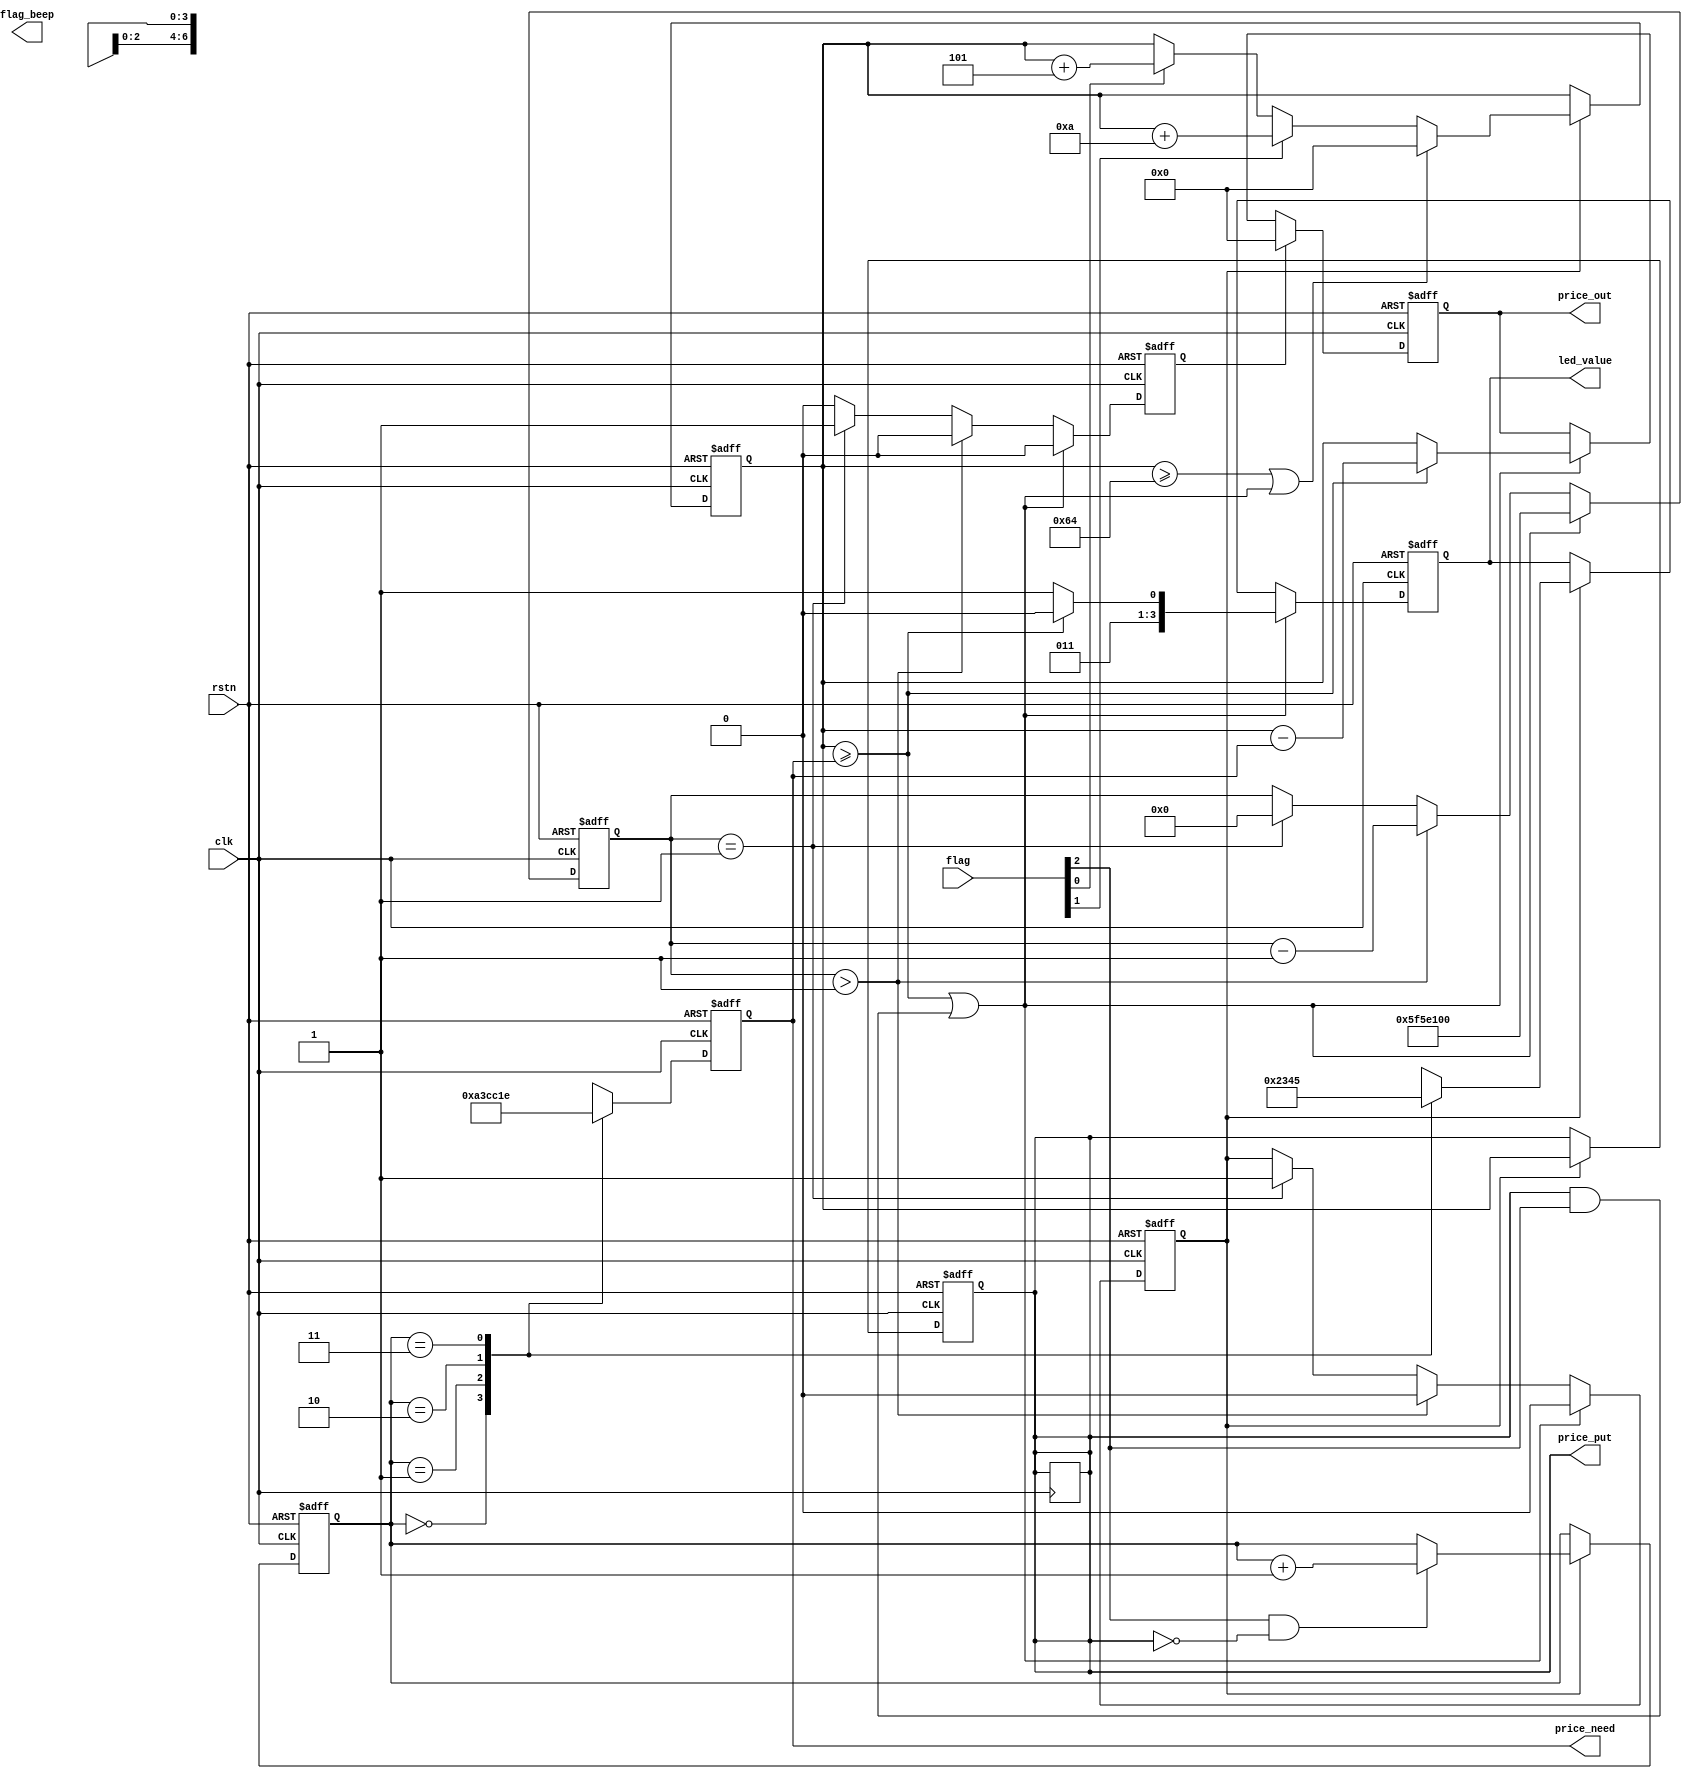
module buy (
    input   wire            clk         ,
    input   wire            rstn        ,
    input   wire    [3:0]   flag        ,

    output  reg     [2:0]   flag_beep   ,           //
	output	reg 	[3:0] 	led_value	,			//led
	output 	reg 	[6:0] 	price_put	,			//
	output 	reg 	[6:0] 	price_need	,			//
	output 	reg 	[6:0] 	price_out				//
);


//
parameter	P1 = 7'd5 ;
parameter	P2 = 7'd15;
parameter	P3 = 7'd24;
parameter	P4 = 7'd30;


reg 	[1 :0] 	price_tmp			   ;	//



parameter MAX_TIME = 28'd100_000_000;	//
reg 	[27:0] 	cnt_time 			   ;   //
reg 				flag_can_operation   ;	//
reg 				flag_is_retreat_end  ;	//
		 
		 
wire				flag_is_retreat      ;	//
wire				flag_price_is_enough ;	//
reg	[6:0] 	price_put_last       ;	//
	
//
always @(posedge clk,negedge rstn) begin
	if(!rstn)begin
		cnt_time <= 28'd0;          //0
		flag_can_operation <= 1'b1 ;//KEY
		flag_is_retreat_end <= 1'b0;//0
	end
	else begin
		if (flag_is_retreat) begin     //
			cnt_time <= MAX_TIME;       //
			flag_can_operation <= 1'b0 ;//KEY
			flag_is_retreat_end <= 1'b0;//
		end
		else if(cnt_time > 28'd1) begin //1
			cnt_time <= cnt_time - 28'd1;//
			flag_can_operation <= 1'b0;  //KEY
			flag_is_retreat_end <= 1'b0; //
		end
 
		else if(cnt_time == 28'd1) begin//1
			cnt_time <= 28'd0;           //
			flag_can_operation <= 1'b1;  //KEY
			flag_is_retreat_end <= 1'b1; //
		end
		else begin
			cnt_time <= cnt_time;
			flag_can_operation <= flag_can_operation;
			flag_is_retreat_end <= 1'b0;
		end
			
	end
	 
end


// // 
// always @(posedge clk or negedge rstn) begin
//     if(!rstn) begin
//         price_put <= 1'd0;
//     end
//     else begin
//         if(flag[0]) begin
//             price_put <= price_put + 3'd5;
//         end
//         else if(flag[1]) begin
//             price_put <= price_put + 4'd10;
//         end
//         else begin
//             price_put <= price_put;
//         end
//     end
// end

//
always@(posedge clk,negedge rstn)begin
	if(!rstn)begin
		price_put_last<=7'd0;//0
	end
	else if(flag_can_operation) begin//
		//100  
		if(price_put_last>=7'd100 || flag_is_retreat) begin//10
			price_put_last<=7'd0;
		end
		/*
			 key[2]  + 10
			 key[1]  + 5
		*/	
		else begin
			if(flag[1])//KEY4-key[2]1
				price_put_last<=price_put_last+7'd10;
			else if(flag[0])//KEY3-key[1]0.5
				price_put_last<=price_put_last+7'd5;
			else	
				price_put_last<=price_put_last;
		end
	end
	else begin
		price_put<=price_put;
	end
end

//2s
always @(posedge clk,negedge rstn) begin
	if(!rstn)begin
		price_put<=7'd0;
	end
	else if(!flag_can_operation)//
		price_put <= price_put;//
	else 
		price_put <= price_put_last;//
end

// 
always @(posedge clk or negedge rstn) begin
    if(!rstn) begin
        price_tmp <= 2'b00;
    end
	else if(flag_can_operation) begin//
        if(flag[2] && !price_put) begin
            price_tmp <= price_tmp + 1'b1;
        end
        else begin
            price_tmp <= price_tmp;
        end 
    end
	else begin
		price_tmp <= price_tmp;	
	end 
end

// 
always@(posedge clk,negedge rstn)begin
	if(!rstn)
		price_need<=P1;
	else
		case(price_tmp)
			2'b00 : price_need<=P1;
			2'b01 : price_need<=P2;
			2'b10 : price_need<=P3;
			2'b11 : price_need<=P4;
			default:price_need<=P1;
		endcase 
end

// 
always @(posedge clk,negedge rstn) begin
	if(!rstn)begin
		price_out <= 7'd0;//0
	end
	//,
	else if(flag_is_retreat_end) begin
	 	price_out =7'd0 ;
	end	
	//,   
	else if(flag_is_retreat) begin//
		price_out <= price_put_last >= price_need ? price_put_last - price_need : price_put_last ;//0
	end
	else begin
		price_out <= price_out;
	end
end

//led
always @(posedge clk,negedge rstn) begin
	if(!rstn)
		led_value <= 4'd1;
	//   
	//
	//	
	else if(flag_is_retreat)begin//
		led_value <= price_put_last >= price_need ? 4'd6 : 4'd7 ;//LED67
	end
 
	//led
	else if(flag_can_operation)begin
		case(price_tmp)
			2'b00 : led_value <= 4'd2;
			2'b01 : led_value <= 4'd3;
			2'b10 : led_value <= 4'd4;
			2'b11 : led_value <= 4'd5;
			default:led_value <= 4'd2;
		endcase
	end
	
	else 
		led_value <= led_value;
end

//
assign flag_price_is_enough = price_put_last >= price_need;//1
//
// assign price_put_last = price_put;
//   
assign flag_is_retreat = flag_price_is_enough || (price_put && flag[2]);//1

endmodule //buy